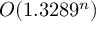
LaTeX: O ( 1 . 3 2 8 9 ^ { n } )